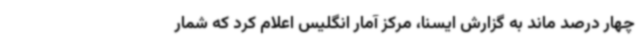
چهار درصد ماند به گزارش ایسنا، مرکز آمار انگلیس اعلام کرد که شمار